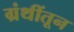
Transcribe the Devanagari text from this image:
ग्रंथींतून